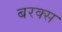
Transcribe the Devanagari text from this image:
बरक्‍स